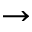
\to